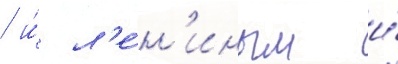
/ и́ л'е́н'иным и́